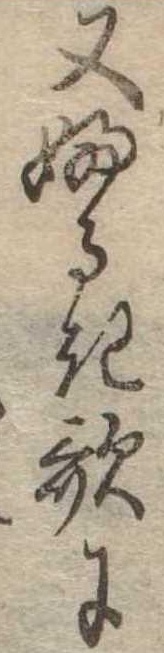
又ふるき歌に